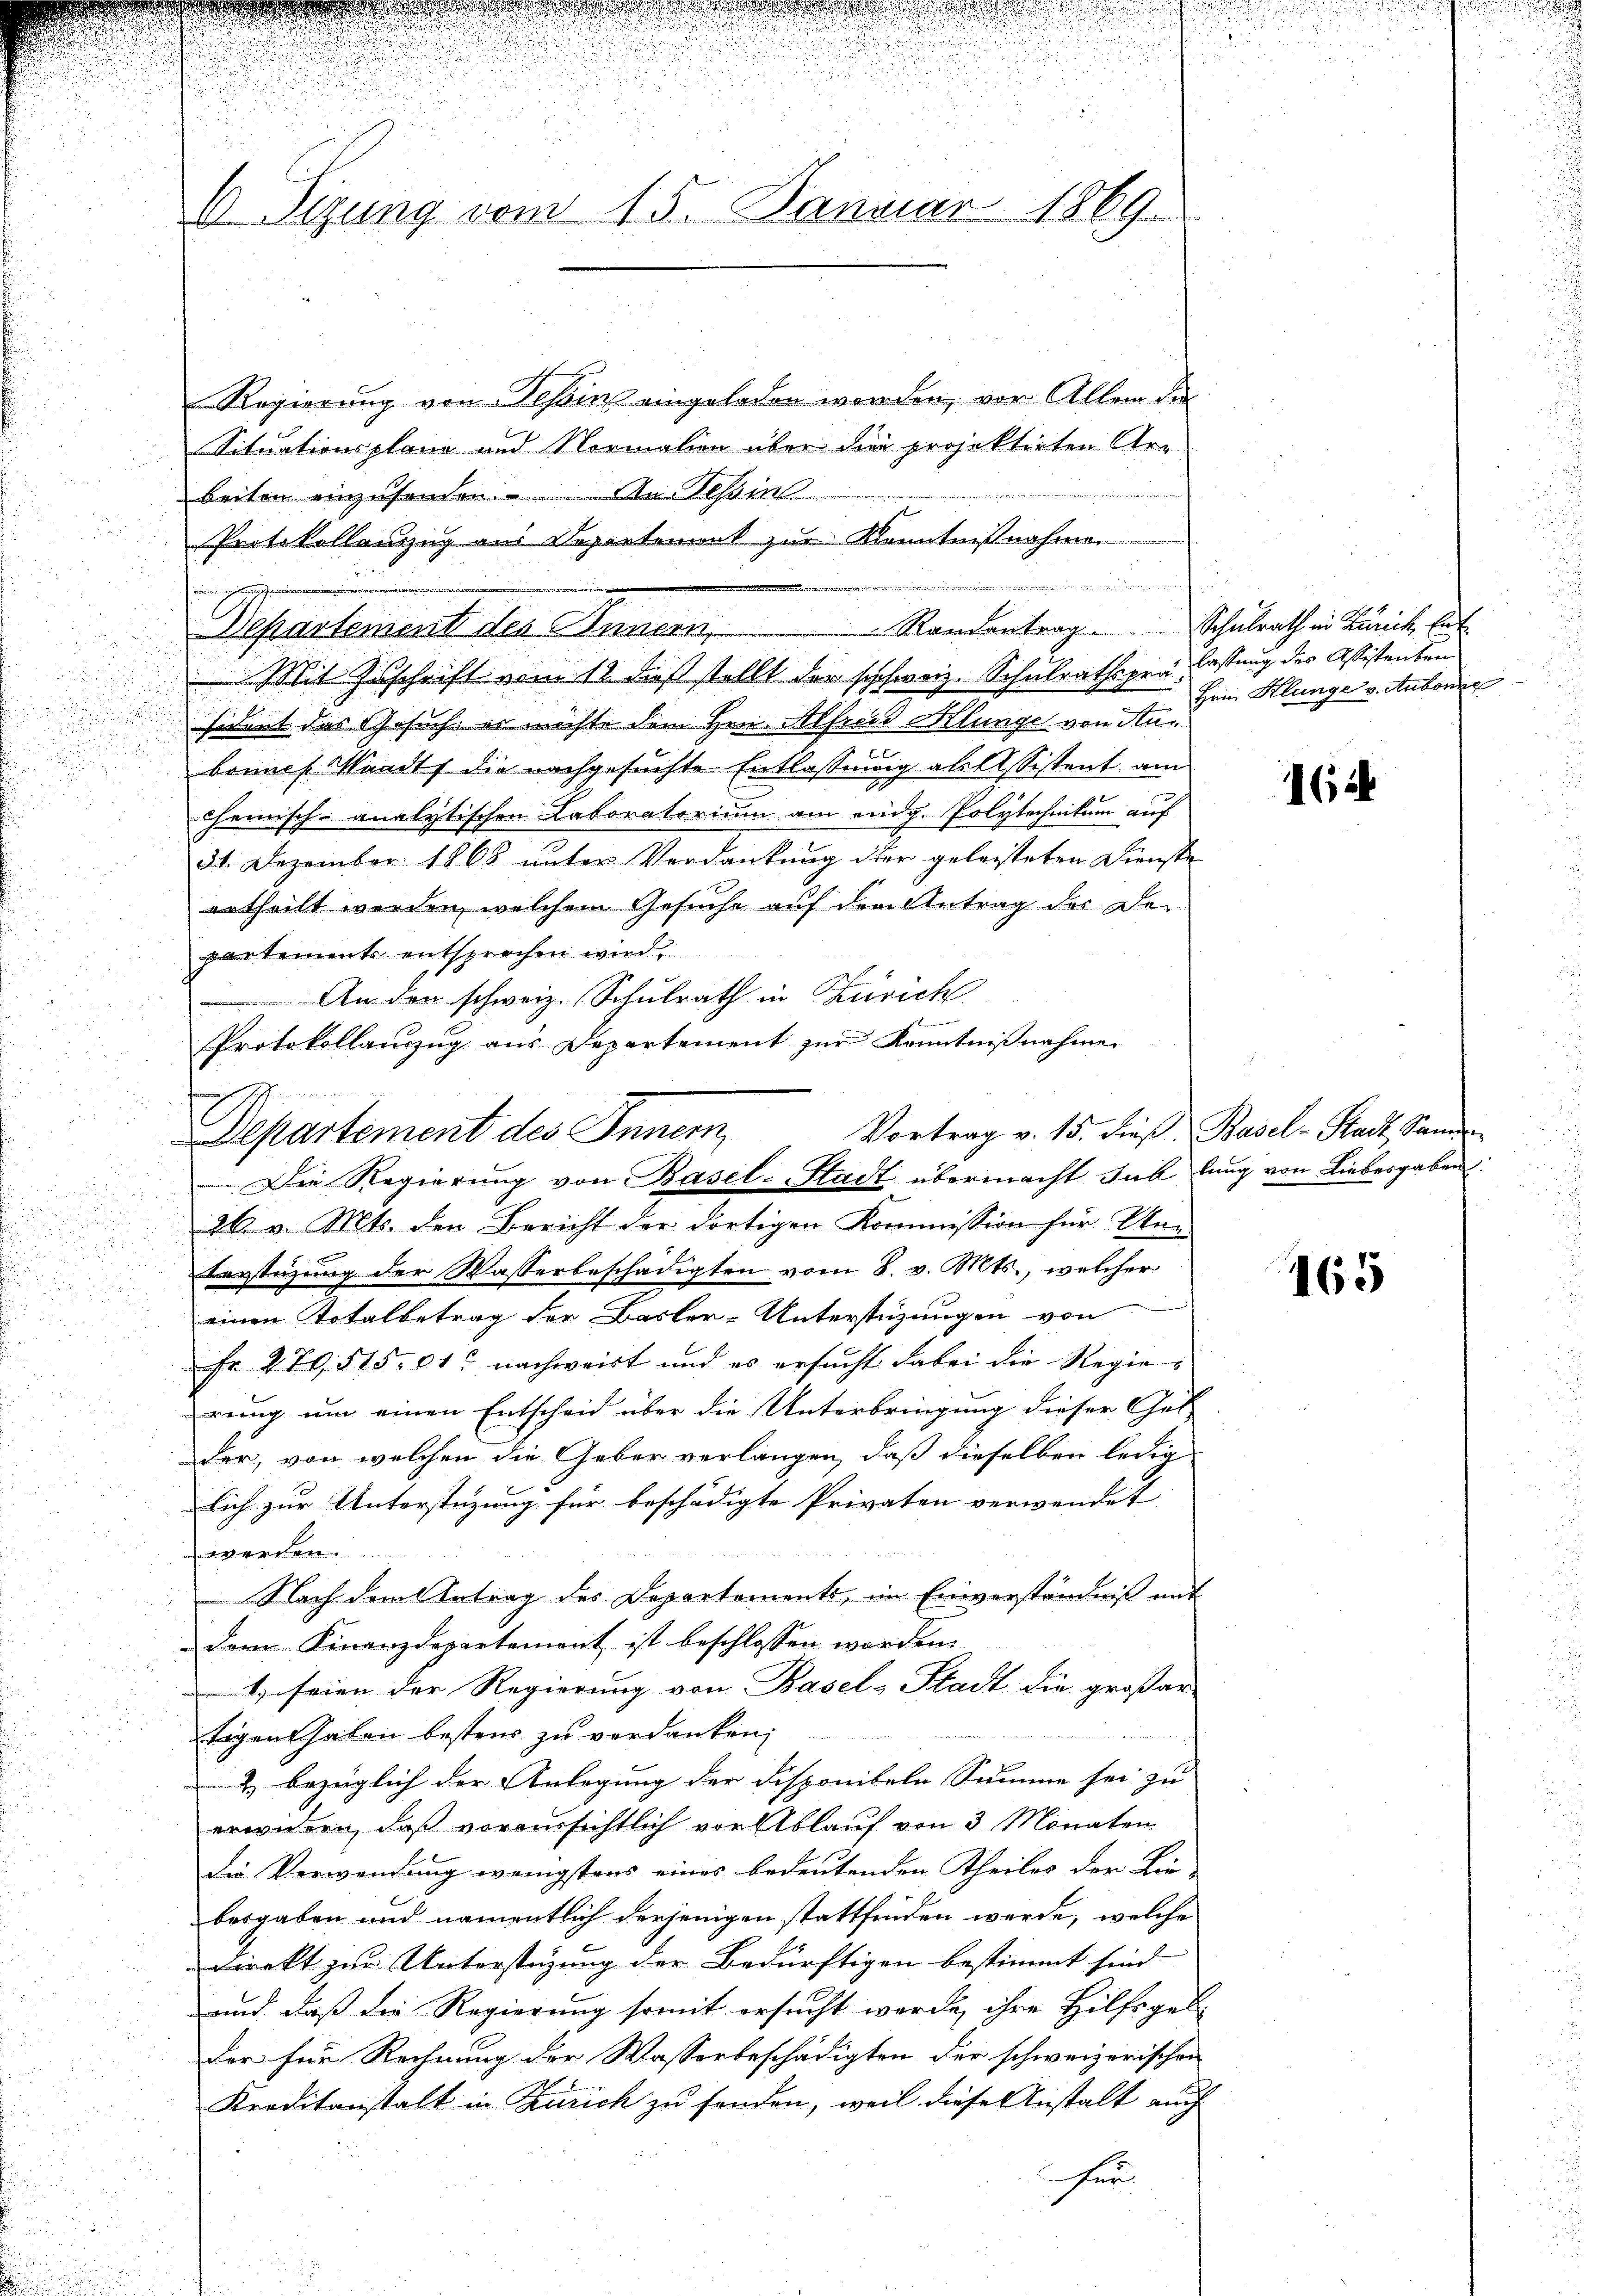
C. Sizung vom 15. Januar 1869.

Regierung von Tessin eingeladen worden, vor Allem der
Situationsplane und Normation über die projektirten Arbeiten einzusenden. An Tessin
Protokollanzzug aus Departement zur Kenntnißnahmen
Randantrag. Schulrath in Zürich Ent
Separtement der Inner
Mit Zuschrift vom 12. dieß stellt der schweiz. Schulrathsprä lassung des Assistenten.
sident das Gesuch, er möchte dem Hrn. Alfred Klunge von Anbonnes Waadt die nachgesuchte Entlassung ablassistent am
chemisch-analytischen Laboratorium am eidg. Polytechnikum auf
31. Dezember 1868 unter Verdankung der geleisteten Dienste
ertheilt werden, welchem Gesuche auf dem Antrag des Departements entsprechen wird.
An den schweiz. (Schulrath in Zürich
Protokollauszug aus Departement zur Kenntnißnahme

Departement des Innern
Die Regierung von Basel-Stadt übermacht sub lang von Liebesgaben:

26 v. Mts. den Bericht der dortigen Kommission für Un-
terstüzung der Wasserbeschädigten vom 8. v. Mts., welcher
einen Totalbetrag der Basler-Unterstüzungen von
Fr 270, 51501 nachweist und es ersucht dabei die Regierung um einen Entscheid über die Unterbringung dieser Gel-
der, von welchen die Geber verlangen, daß dieselben ledig
lich zur Unterstüzung für beschädigte Privaten verwendet |
werden.
Nach dem Antrag des Departements, im Einverständniß mit
dem Finanzdepartement ist beschlossen worden.
t, seien der Regierung von Basel-Stadt die großar
tigen Gaben bestens zu verdanken;
& bezüglich der Anlegung der Disponibeln Summe sei zu
erwidern, daß voraussichtlich vor Ablauf von 3 Monaten
Die Verwendung wenigstens eines bedeutenden Theiles der Lie-
besgaben und namentlich derjenigen stattfinden werde, welche
Direkt zur Unterstüzung der Bedürftigen bestimmt sind.
und daß die Regierung somit ersucht werde, ihre Hilfsgelder für Rechnung der Wasserbeschädigten der schweizerischen
Kreditanstalt in Zürich zu fanden, weil diese Anstalt auch
hen

Hein Klange v. Aubonne

162

Vortrag v. 15. dieß, Basel-Stadt, Sani

165